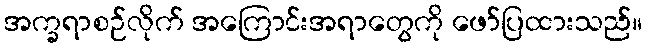
အက္ခရာစဉ်လိုက် အကြောင်းအရာတွေကို ဖော်ပြထားသည်။